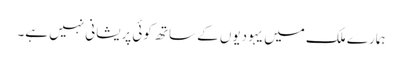
ہمارے ملک میں یہودیوں کے ساتھ کوئی پریشانی نہیں ہے۔